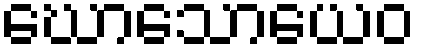
ဃောသောယေဝ